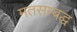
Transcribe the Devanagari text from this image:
मतसम्बद्ध